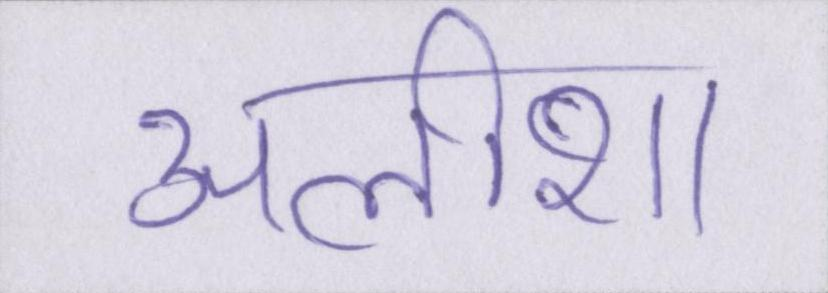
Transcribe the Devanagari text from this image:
अलीशा